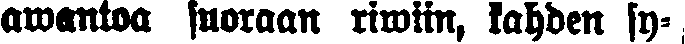
awantoa suoraan riwiin, kahden sy-